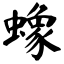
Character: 蟓